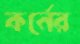
কর্নের